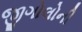
જીગોલોની